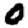
Digit: 0